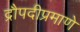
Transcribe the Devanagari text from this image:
द्रौपदीप्रमाणे